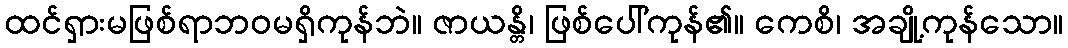
ထင်ရှားမဖြစ်ရာဘဝမရှိကုန်ဘဲ။ ဇာယန္တိ၊ ဖြစ်ပေါ်ကုန်၏။ ကေစိ၊ အချို့ကုန်သော။